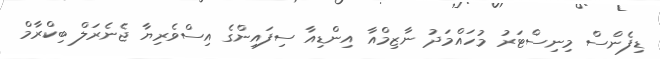
ޑިފެންސް މިނިސްޓަރު މުހައްމަދު ނާޒިމްއާ އިންޑިއާ ސިފައިންގެ އިސްވެރިޔާ ޖެނެރަލް ބިކްރާމް